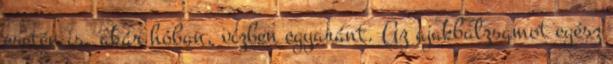
esetén is, akár hóban, vízben egyaránt. Az ajakbalzsamot egész